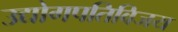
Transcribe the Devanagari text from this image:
उद्योगपतिविजय